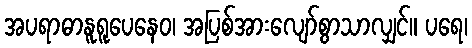
အပရာဓာနူရူပေနေဝ၊ အပြစ်အားလျော်စွာသာလျှင်။ ပရေ၊